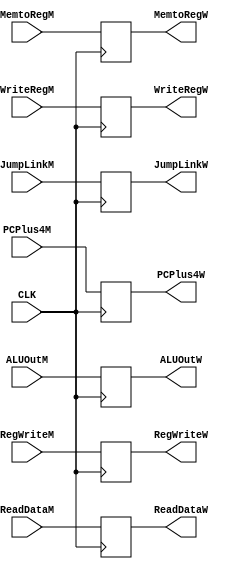
`timescale 100fs/100fs

// MEM/WB flip flop
module  MEM_WB_Register(  input RegWriteM
                        , input MemtoRegM
                        , input JumpLinkM
                        , input [31:0] ALUOutM
                        , input [31:0] ReadDataM
                        , input [4:0]  WriteRegM
                        , input [31:0] PCPlus4M
                        , input CLK
                        , output reg RegWriteW
                        , output reg MemtoRegW
                        , output reg [31:0] ALUOutW
                        , output reg [31:0] ReadDataW
                        , output reg [4:0] WriteRegW
                        , output reg JumpLinkW
                        , output reg [31:0] PCPlus4W
                        );

    initial begin
        JumpLinkW <= 1'b0;
    end

    always @(posedge CLK) begin
        
        RegWriteW <=  RegWriteM;
        MemtoRegW <=  MemtoRegM;
        ALUOutW   <=  ALUOutM;
        ReadDataW <=  ReadDataM;
        WriteRegW <=  WriteRegM;
        JumpLinkW <=  JumpLinkM;
        PCPlus4W  <=  PCPlus4M;
        
    end

endmodule